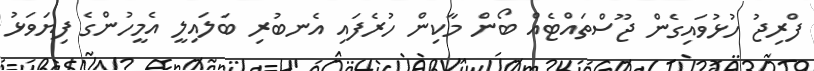
ފްރިޖު ހުޅުވައިގެން ޖޫސްތައްޓެއް ބޯން މާކިން ހުރެފައި އެނބުރި ބަލައިލީ އެމީހުންގެ ފިޔަވަޅު